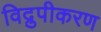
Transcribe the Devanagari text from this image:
विद्रुपीकरण